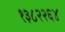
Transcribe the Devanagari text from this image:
१३८२२६४